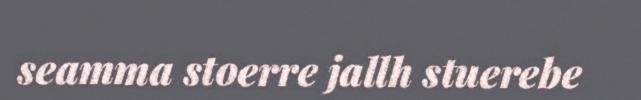
seamma stoerre jallh stuerebe